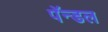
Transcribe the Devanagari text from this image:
पॅन्डल